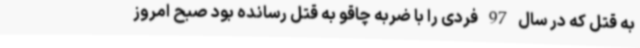
به قتل که در سال 97 فردی را با ضربه چاقو به قتل رسانده بود صبح امروز